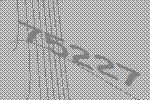
75227